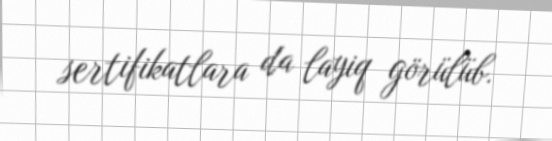
sertifikatlara da layiq görülüb.